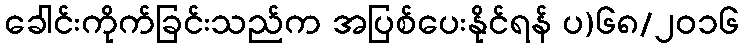
ခေါင်းကိုက်ခြင်းသည်က အပြစ်ပေးနိုင်ရန် ပ)၆၈/၂၀၁၆